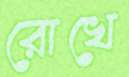
রোখে